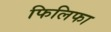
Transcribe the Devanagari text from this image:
फिलिफा